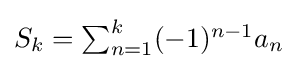
{\textstyle S_{k}=\sum _{n=1}^{k}(-1)^{n-1}a_{n}}